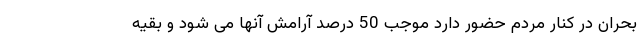
بحران در کنار مردم حضور دارد موجب 50 درصد آرامش آنها می شود و بقیه